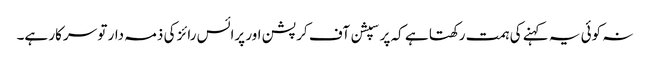
نہ کوئی یہ کہنے کی ہمت رکھتا ہے کہ پرسپشن آف کرپشن اور پرائس رائز کی ذمہ دار تو سرکار ہے۔